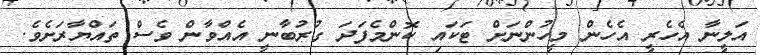
އަލީނާ އެހެރީ އެހެން މީހުންނަށް ޓަކައި ކޮންމެފަދަ ގުރުބާނީ އެއްވާން ވެސް ތައްޔާރަށެވެ.